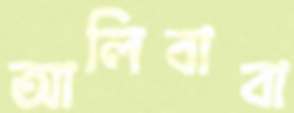
আলিবাবা